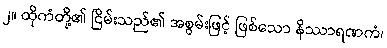
၂။ ထိုကံတို့၏ ငြိမ်းသည်၏ အစွမ်းဖြင့် ဖြစ်သော နိဿာရဏကံ၊